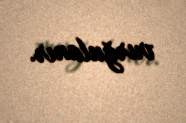
vurğulanır.